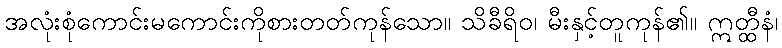
အလုံးစုံကောင်းမကောင်းကိုစားတတ်ကုန်သော။ သိခီရိဝ၊ မီးနှင့်တူကုန်၏။ ဣတ္ထီနံ၊